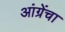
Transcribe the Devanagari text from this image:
आंग्रेंचा